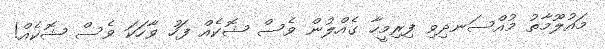
މައުލޫމާތު މުއްސަނދިވި ފިރިމީހާ ގެއްލުން ވެސް ޝޮކެއް ފަހު ވާހަކަ ވެސް ޝޮކެއް!